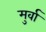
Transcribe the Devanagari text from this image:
मुर्वा